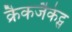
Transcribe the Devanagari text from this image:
क्रैकजैकेट्स